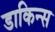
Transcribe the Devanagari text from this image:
डाकिन्स